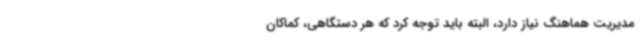
مدیریت هماهنگ نیاز دارد، البته باید توجه کرد که هر دستگاهی، کماکان